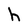
Character: h